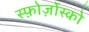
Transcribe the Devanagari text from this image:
स्फ़ोर्ज़ोस्को